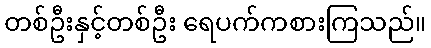
တစ်ဦးနှင့်တစ်ဦး ရေပက်ကစားကြသည်။